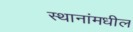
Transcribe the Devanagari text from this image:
स्थानांमधील